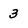
Character: 3